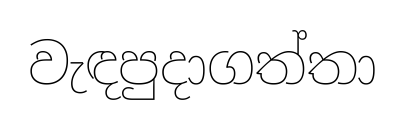
වැඳපුදාගත්තා